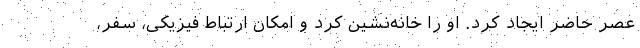
عصر حاضر ایجاد کرد. او را خانه‌نشین کرد و امکان ارتباط فیزیکی، سفر،